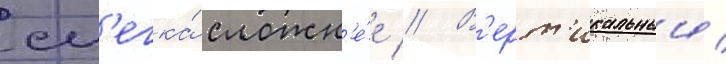
сл'егка́ сложн'е́е // В'ерт'икальныи